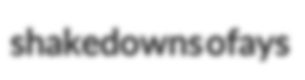
shakedowns ofays